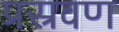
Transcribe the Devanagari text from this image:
प्रस्रवण